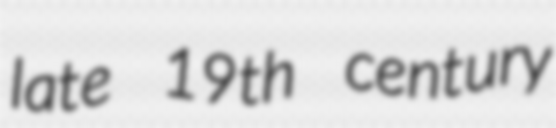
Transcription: late 19th century